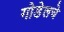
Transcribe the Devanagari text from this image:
गोडेलचे